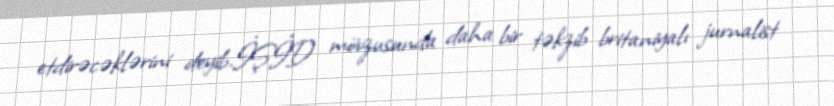
etdirəcəklərini deyib.İŞİD mövzusunda daha bir təkzib britaniyalı jurnalist